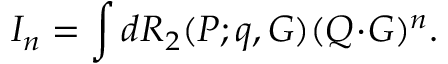
I _ { n } = \int d { \cal R } _ { 2 } ( P ; q , G ) ( Q \! \cdot \! G ) ^ { n } .